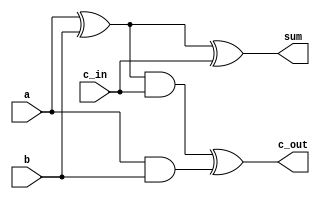
// full adder 1bit 
//    .

module full_adder_1b(sum, c_out, a, b, c_in);

    output sum, c_out;
    input a, b, c_in;

    wire s1, s2, c1;

    xor(s1, a, b);
    and(c1, a, b);
    xor(sum, s1, c_in);
    and(s2, s1, c_in);
    xor(c_out, s2, c1);
    
endmodule